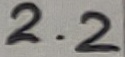
Text: 2.2